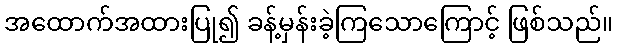
အထောက်အထားပြု၍ ခန့်မှန်းခဲ့ကြသောကြောင့် ဖြစ်သည်။